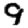
Digit: 9